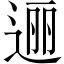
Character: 逦